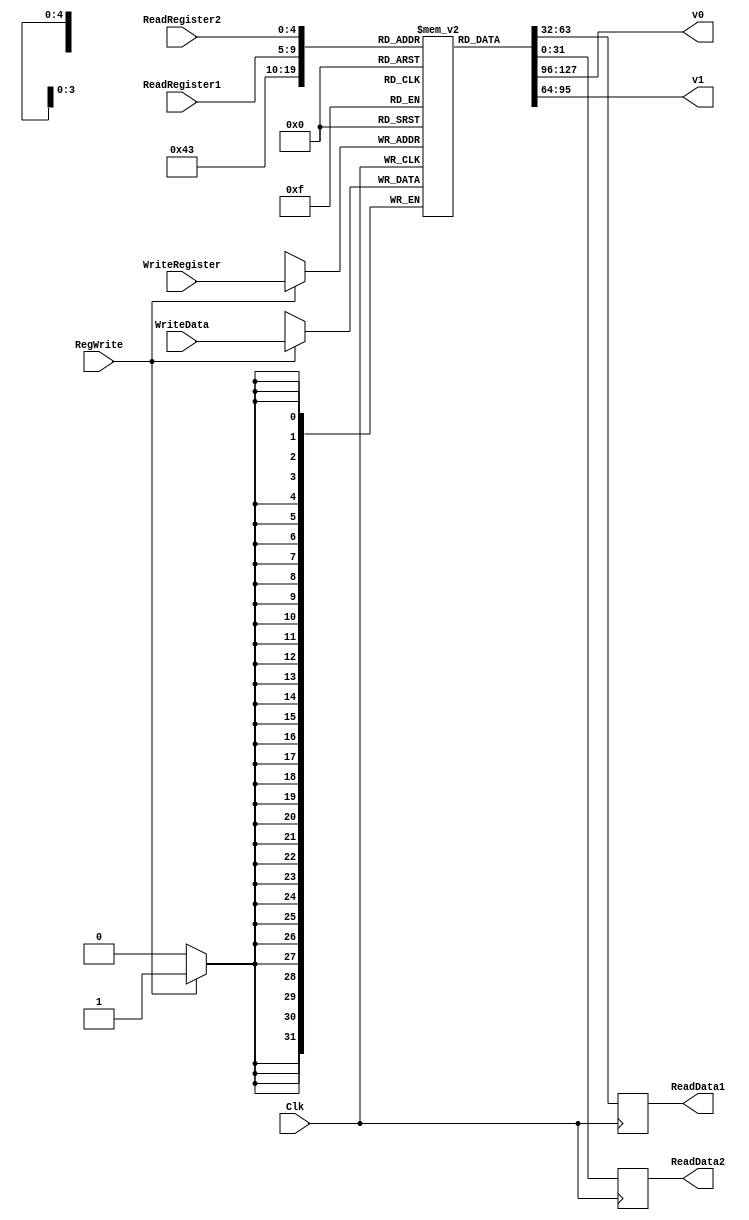
`timescale 1ns / 1ps

////////////////////////////////////////////////////////////////////////////////
// ECE369 - Computer Architecture
// Name: Andrew Camps
//
//
// Module - register_file.v
// Description - Implements a register file with 32 32-Bit wide registers.
//
// 
// INPUTS:-
// ReadRegister1: 5-Bit address to select a register to be read through 32-Bit 
//                output port 'ReadRegister1'.
// ReadRegister2: 5-Bit address to select a register to be read through 32-Bit 
//                output port 'ReadRegister2'.
// WriteRegister: 5-Bit address to select a register to be written through 32-Bit
//                input port 'WriteRegister'.
// WriteData: 32-Bit write input port.
// RegWrite: 1-Bit control input signal.
//
// OUTPUTS:-
// ReadData1: 32-Bit registered output. 
// ReadData2: 32-Bit registered output. 
//
// FUNCTIONALITY:-
// 'ReadRegister1' and 'ReadRegister2' are two 5-bit addresses to read two 
// registers simultaneously. The two 32-bit data sets are available on ports 
// 'ReadData1' and 'ReadData2', respectively. 'ReadData1' and 'ReadData2' are 
// registered outputs (output of register file is written into these registers 
// at the falling edge of the clock). You can view it as if outputs of registers
// specified by ReadRegister1 and ReadRegister2 are written into output 
// registers ReadData1 and ReadData2 at the falling edge of the clock. 
//
// 'RegWrite' signal is high during the rising edge of the clock if the input 
// data is to be written into the register file. The contents of the register 
// specified by address 'WriteRegister' in the register file are modified at the 
// rising edge of the clock if 'RegWrite' signal is high. The D-flip flops in 
// the register file are positive-edge (rising-edge) triggered. (You have to use 
// this information to generate the write-clock properly.) 
//
// NOTE:-
// We will design the register file such that the contents of registers do not 
// change for a pre-specified time before the falling edge of the clock arrives 
// to allow for data multiplexing and setup time.
////////////////////////////////////////////////////////////////////////////////

module RegisterFile(ReadRegister1, ReadRegister2, WriteRegister, WriteData, RegWrite, Clk, ReadData1, ReadData2, v0, v1);

    input [4:0] ReadRegister1;
    input [4:0] ReadRegister2;
    input [4:0] WriteRegister;
    input [31:0] WriteData;
    input Clk;
    input RegWrite;
    
    output reg [31:0] ReadData1;
    output reg [31:0] ReadData2;
    
    output wire [31:0] v0, v1;
    
    reg [31:0] register[0:31]; // 32 register of size 32 bits
    
    assign v0 = register[2];
    assign v1 = register[3];
    
    initial begin
        register[0] <= 32'b0; //$zero register
        register[1] <= 32'b0; //$at register
    end
    
	/* Please fill in the implementation here... */
	
	always @(negedge Clk) begin
       ReadData1 <= register[ReadRegister1];
       ReadData2 <= register[ReadRegister2];
    end
	
	always @(posedge Clk) begin
       if(RegWrite == 1) begin
           register[WriteRegister] <= WriteData;
       end
    end
	
	
	
	

endmodule